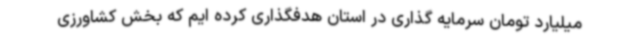
میلیارد تومان سرمایه گذاری در استان هدفگذاری کرده ایم که بخش کشاورزی